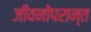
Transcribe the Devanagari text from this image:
जीवनोपरान्त